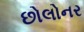
છોલોનર